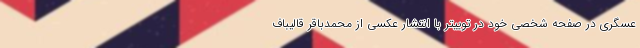
عسگری در صفحه شخصی خود در توییتر با انتشار عکسی از محمدباقر قالیباف